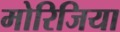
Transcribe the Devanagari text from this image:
मोरिजिया